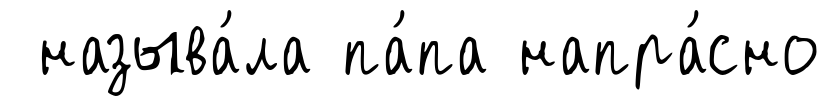
называ́ла па́па напра́сно